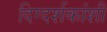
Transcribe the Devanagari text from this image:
दिग्दर्शकांशी